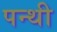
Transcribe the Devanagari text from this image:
पन्थी